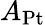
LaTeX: A_{\mathrm{{Pt}}}